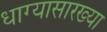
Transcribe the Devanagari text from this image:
धाग्यासारख्या